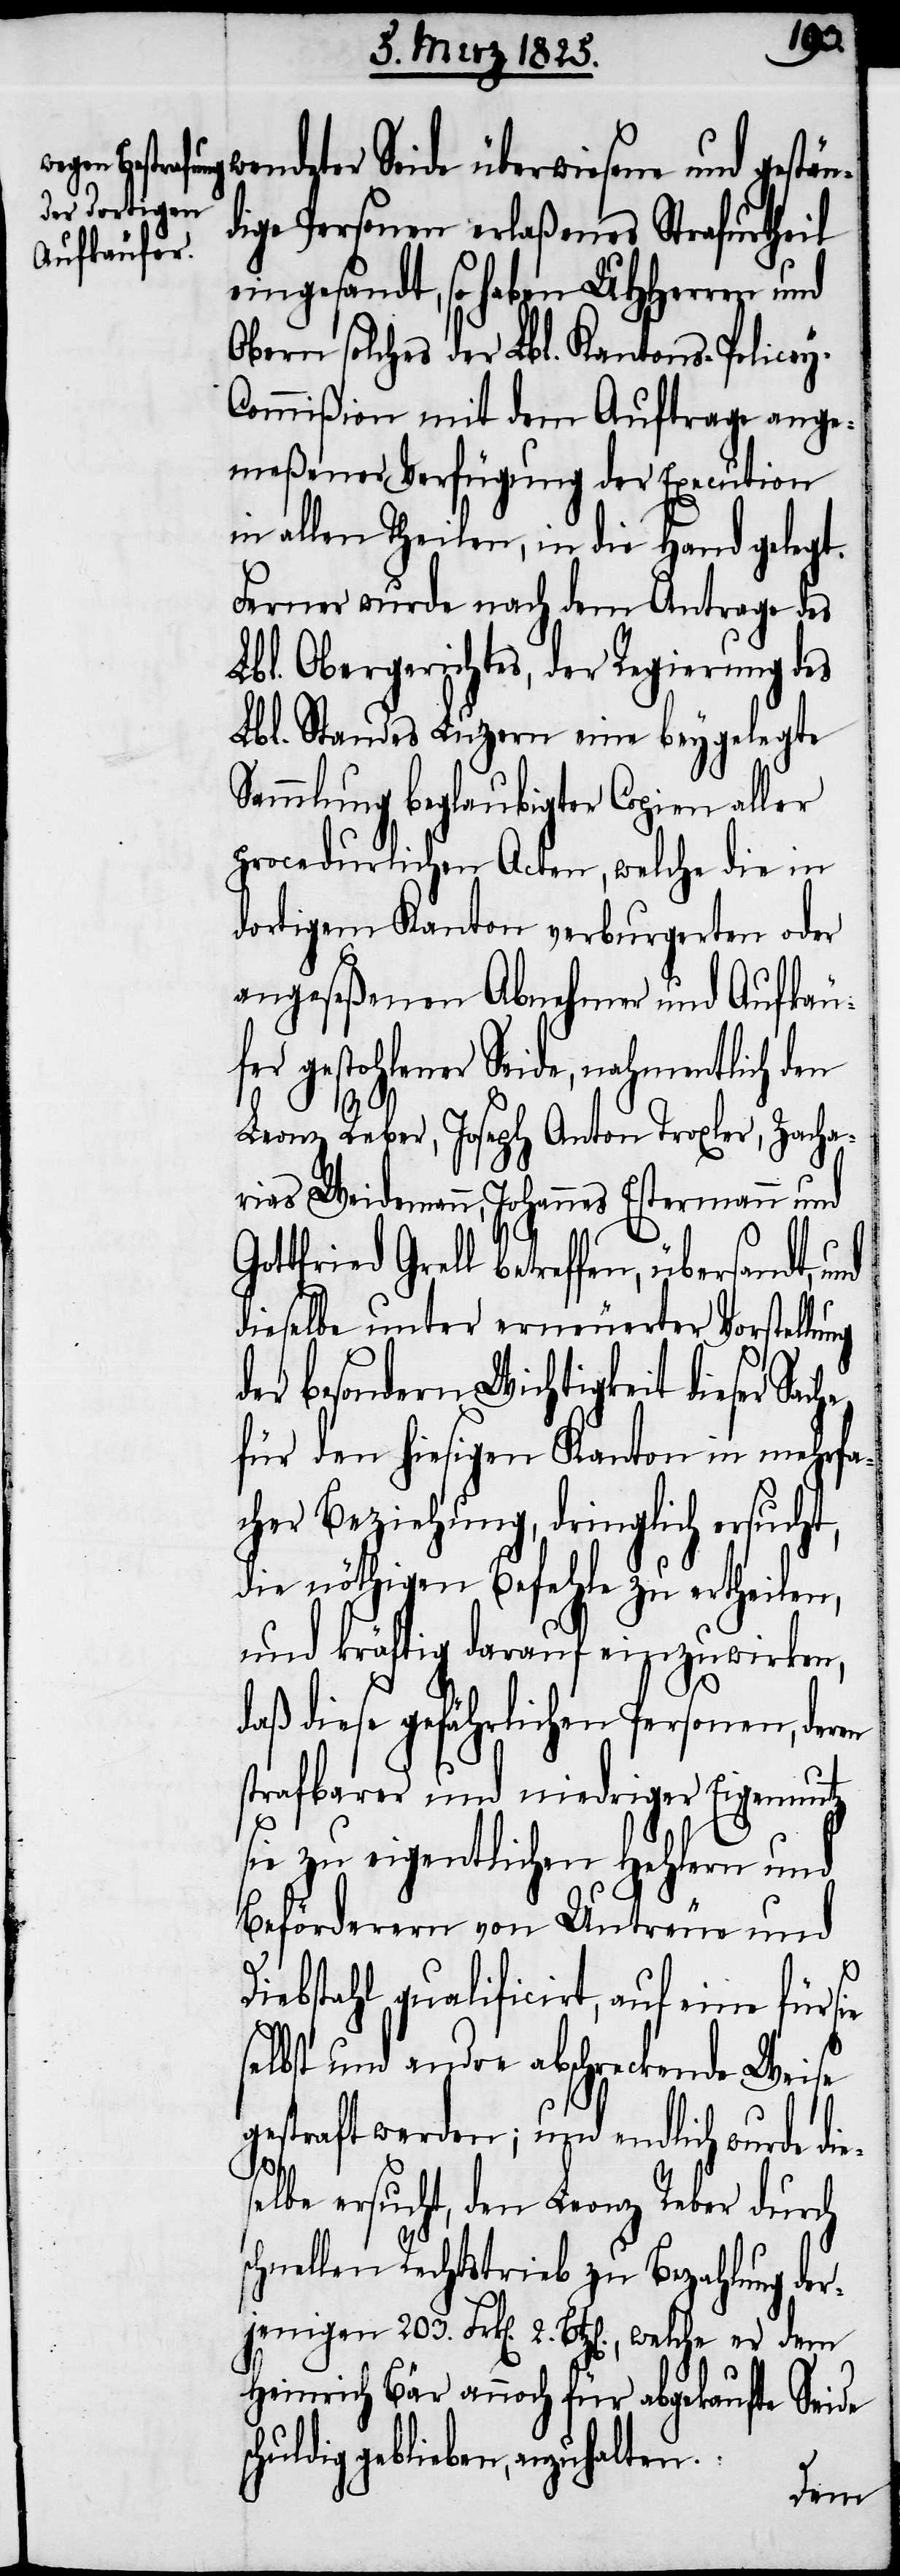
welche er

deter Seide überwiesene und gestä¬
dige Personen erlaßenes Strafurtheil
eingesandt, so haben UHHerren und
Obern solches der Lbl. Kantons-Police¬
ommißion mit dem Auftrage ange¬
meßener Verfügung der Execution
in allen Theilen, in die Hand gelegt.
Ferner wurde nach dem Antrage des
Lbl. Obergerichtes, der Regierung des
Lbl. Standes Luzern eine beygelegte
Sammlung beglaubigter Copien aller
procedurlichen Acten, welche die in
dortigem Kanton verburgerten oder
angeseßenen Abnehmer und Aufkäu¬
fer gestohlener Seide, nahmentlich den
203.
Leonz Reber, Joseph Anton Troxler, Zacha¬
rias Weidemann, Johannes Estermann und
tfried Grell betreffen, übersandt, u¬
dieselbe unter erneuerter Vorstellung
der besondern Wichtigkeit dieser Sac¬
für den hiesigen Kanton in mehrfa¬
cher Beziehung, dringlich ersucht,
die nöthigen Befehle zu ertheilen,
und kräftig darauf einzuwirken,
daß diese gefährlichen Personen, deren
strafbarer und niedriger Eigennutz
sc¬
sie zu eigentlichen Hehlern und
Beförderern von Untreue und
Diebstahl qualificirt, auf eine für sie
selbst und andre abschreckende Weise
gestraft werden; den Leonz Reber du¬
schnellen Rechtstrieb zu Bezahlung der¬
Heinrich Bär annoch für abgekaufte Seide
huldig geblieben, anzuhalten.
dem